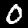
Label: 0